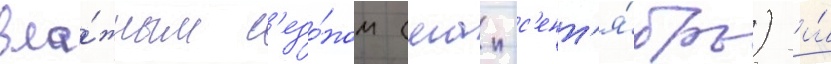
вла́жным с'езо́ном (маи-с'ент'я́брь) и́